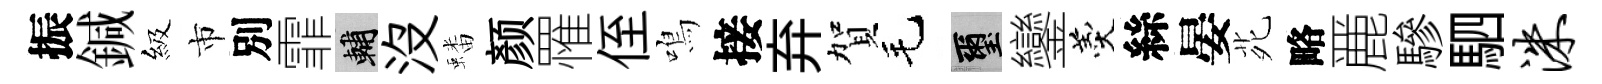
振鍼級市別霏輔沒蟠颜罹侄鳴接弃賀毛璽鑾羹絲晏𫟍略䴡驂駟洙